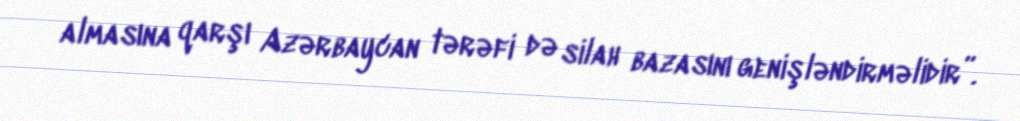
almasına qarşı Azərbaycan tərəfi də silah bazasını genişləndirməlidir”.